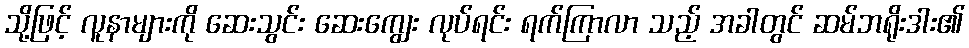
သို့ဖြင့် လူနာများကို ဆေးသွင်း ဆေးကျွေး လုပ်ရင်း ရက်ကြာလာ သည့် အခါတွင် ဆမ်ဘရိုးဒါး၏